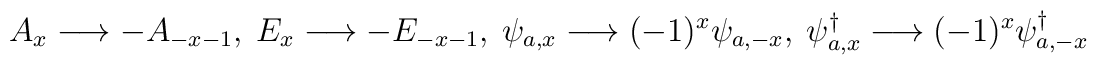
A_{x}\longrightarrow -A_{-x-1},\ E_{x}\longrightarrow -E_{-x-1},\ \psi_{a,x}\longrightarrow (-1)^{x}\psi_{a,-x},\ \psi_{a,x}^{\dag}\longrightarrow (-1)^{x}\psi_{a,-x}^{\dag}